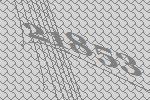
21853